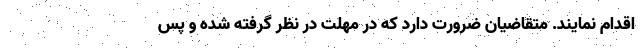
اقدام نمایند. متقاضیان ضرورت دارد که در مهلت در نظر گرفته شده و پس